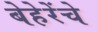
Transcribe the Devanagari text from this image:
बेहेरेंचे